Black-water fever - Number 35
Disease focus: Fever
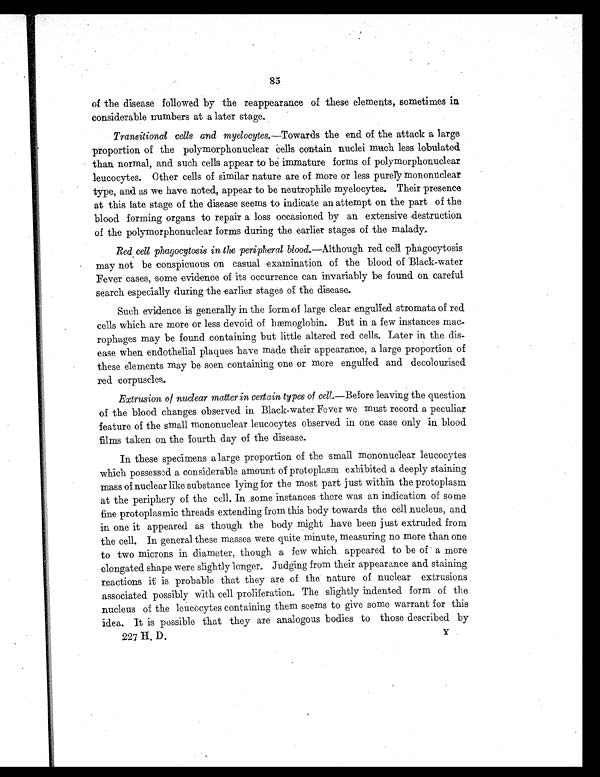
85
of the disease followed by the reappearance of these elements, sometimes in
considerable numbers at a later stage.
Transitional cells and myelocytes. —Towards the end of the attack a large
proportion of the polymorphonuclear cells contain nuclei much less lobulated
than normal, and such cells appear to be immature forms of polymorphonuclear
leucocytes. Other cells of similar nature are of more or less purely mononuclear
type, and as we have noted, appear to be neutrophile myelocytes. Their presence
at this late stage of the disease seems to indicate an attempt on the part of the
blood forming organs to repair a loss occasioned by an extensive destruction
of the polymorphonuclear forms during the earlier stages of the malady.
Red cell phagocytosis in the peripheral blood. —Although red cell phagocytosis
may not be conspicuous on casual examination of the blood of Black-water
Fever cases, some evidence of its occurrence can invariably be found on careful
search especially during the earlier stages of the disease.
Such evidence is generally in the form of large clear engulfed stromata of red
cells which are more or less devoid of hæmoglobin. But in a few instances mac
-rophages may be found containing but little altered red cells. Later in the dis-
ease when endothelial plaques have made their appearance, a large proportion of
these elements may be seen containing one or more engulfed and decolourised
red corpuscles.
Extrusion of nuclear matter in certain types of cell. —Before leaving the question
of the blood changes observed in Black-water Fever we must record a peculiar
feature of the small mononuclear leucocytes observed in one case only in blood
films taken on the fourth day of the disease.
In these specimens a large proportion of the small mononuclear leucocytes
which possessed a considerable amount of protoplasm exhibited a deeply staining
mass of nuclear like substance lying for the most part just within the protoplasm
at the periphery of the cell. In some instances there was an indication of some
fine protoplasmic threads extending from this body towards the cell nucleus, and
in one it appeared as though the body might have been just extruded from
the cell. In general these masses were quite minute, measuring no more than one
to two microns in diameter, though a few which appeared to be of a more
elongated shape were slightly longer. Judging from their appearance and staining
reactions it is probable that they are of the nature of nuclear extrusions
associated possibly with cell proliferation. The slightly indented form of the
nucleus of the leucocytes containing them seems to give some warrant for this
idea. It is possible that they are analogous bodies to those described by
227 H. D. Y